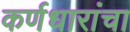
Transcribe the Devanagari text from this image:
कर्णधारांचा